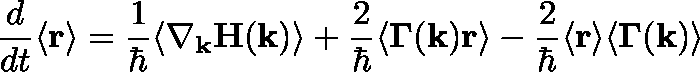
\frac { d } { d t } \langle \mathbf { r } \rangle = \frac { 1 } { \hbar } \langle \nabla _ { \mathbf { k } } \mathbf { H } ( \mathbf { k } ) \rangle + \frac { 2 } { \hbar } \langle \mathbf { \Gamma } ( \mathbf { k } ) \mathbf { r } \rangle - \frac { 2 } { \hbar } \langle \mathbf { r } \rangle \langle \mathbf { \Gamma } ( \mathbf { k } ) \rangle